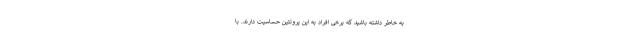
به خاطر داشته باشید که برخی افراد به این پروتئین حساسیت دارند. با